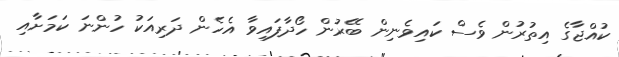
ކުއްޖާގެ އިތުރުން ވެސް ކައިވެނިން ބޭރުން ހޯދާފައިވާ އެހެން ދަރިއަކު ހުންނަ ކަމަށާއި